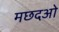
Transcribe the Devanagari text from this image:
मछदओ